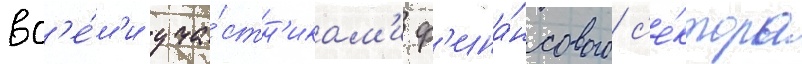
вс'е́м'и уча́стн'икам'и ф'ина́нсового с'е́ктора